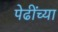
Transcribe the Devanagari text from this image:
पेढींच्या